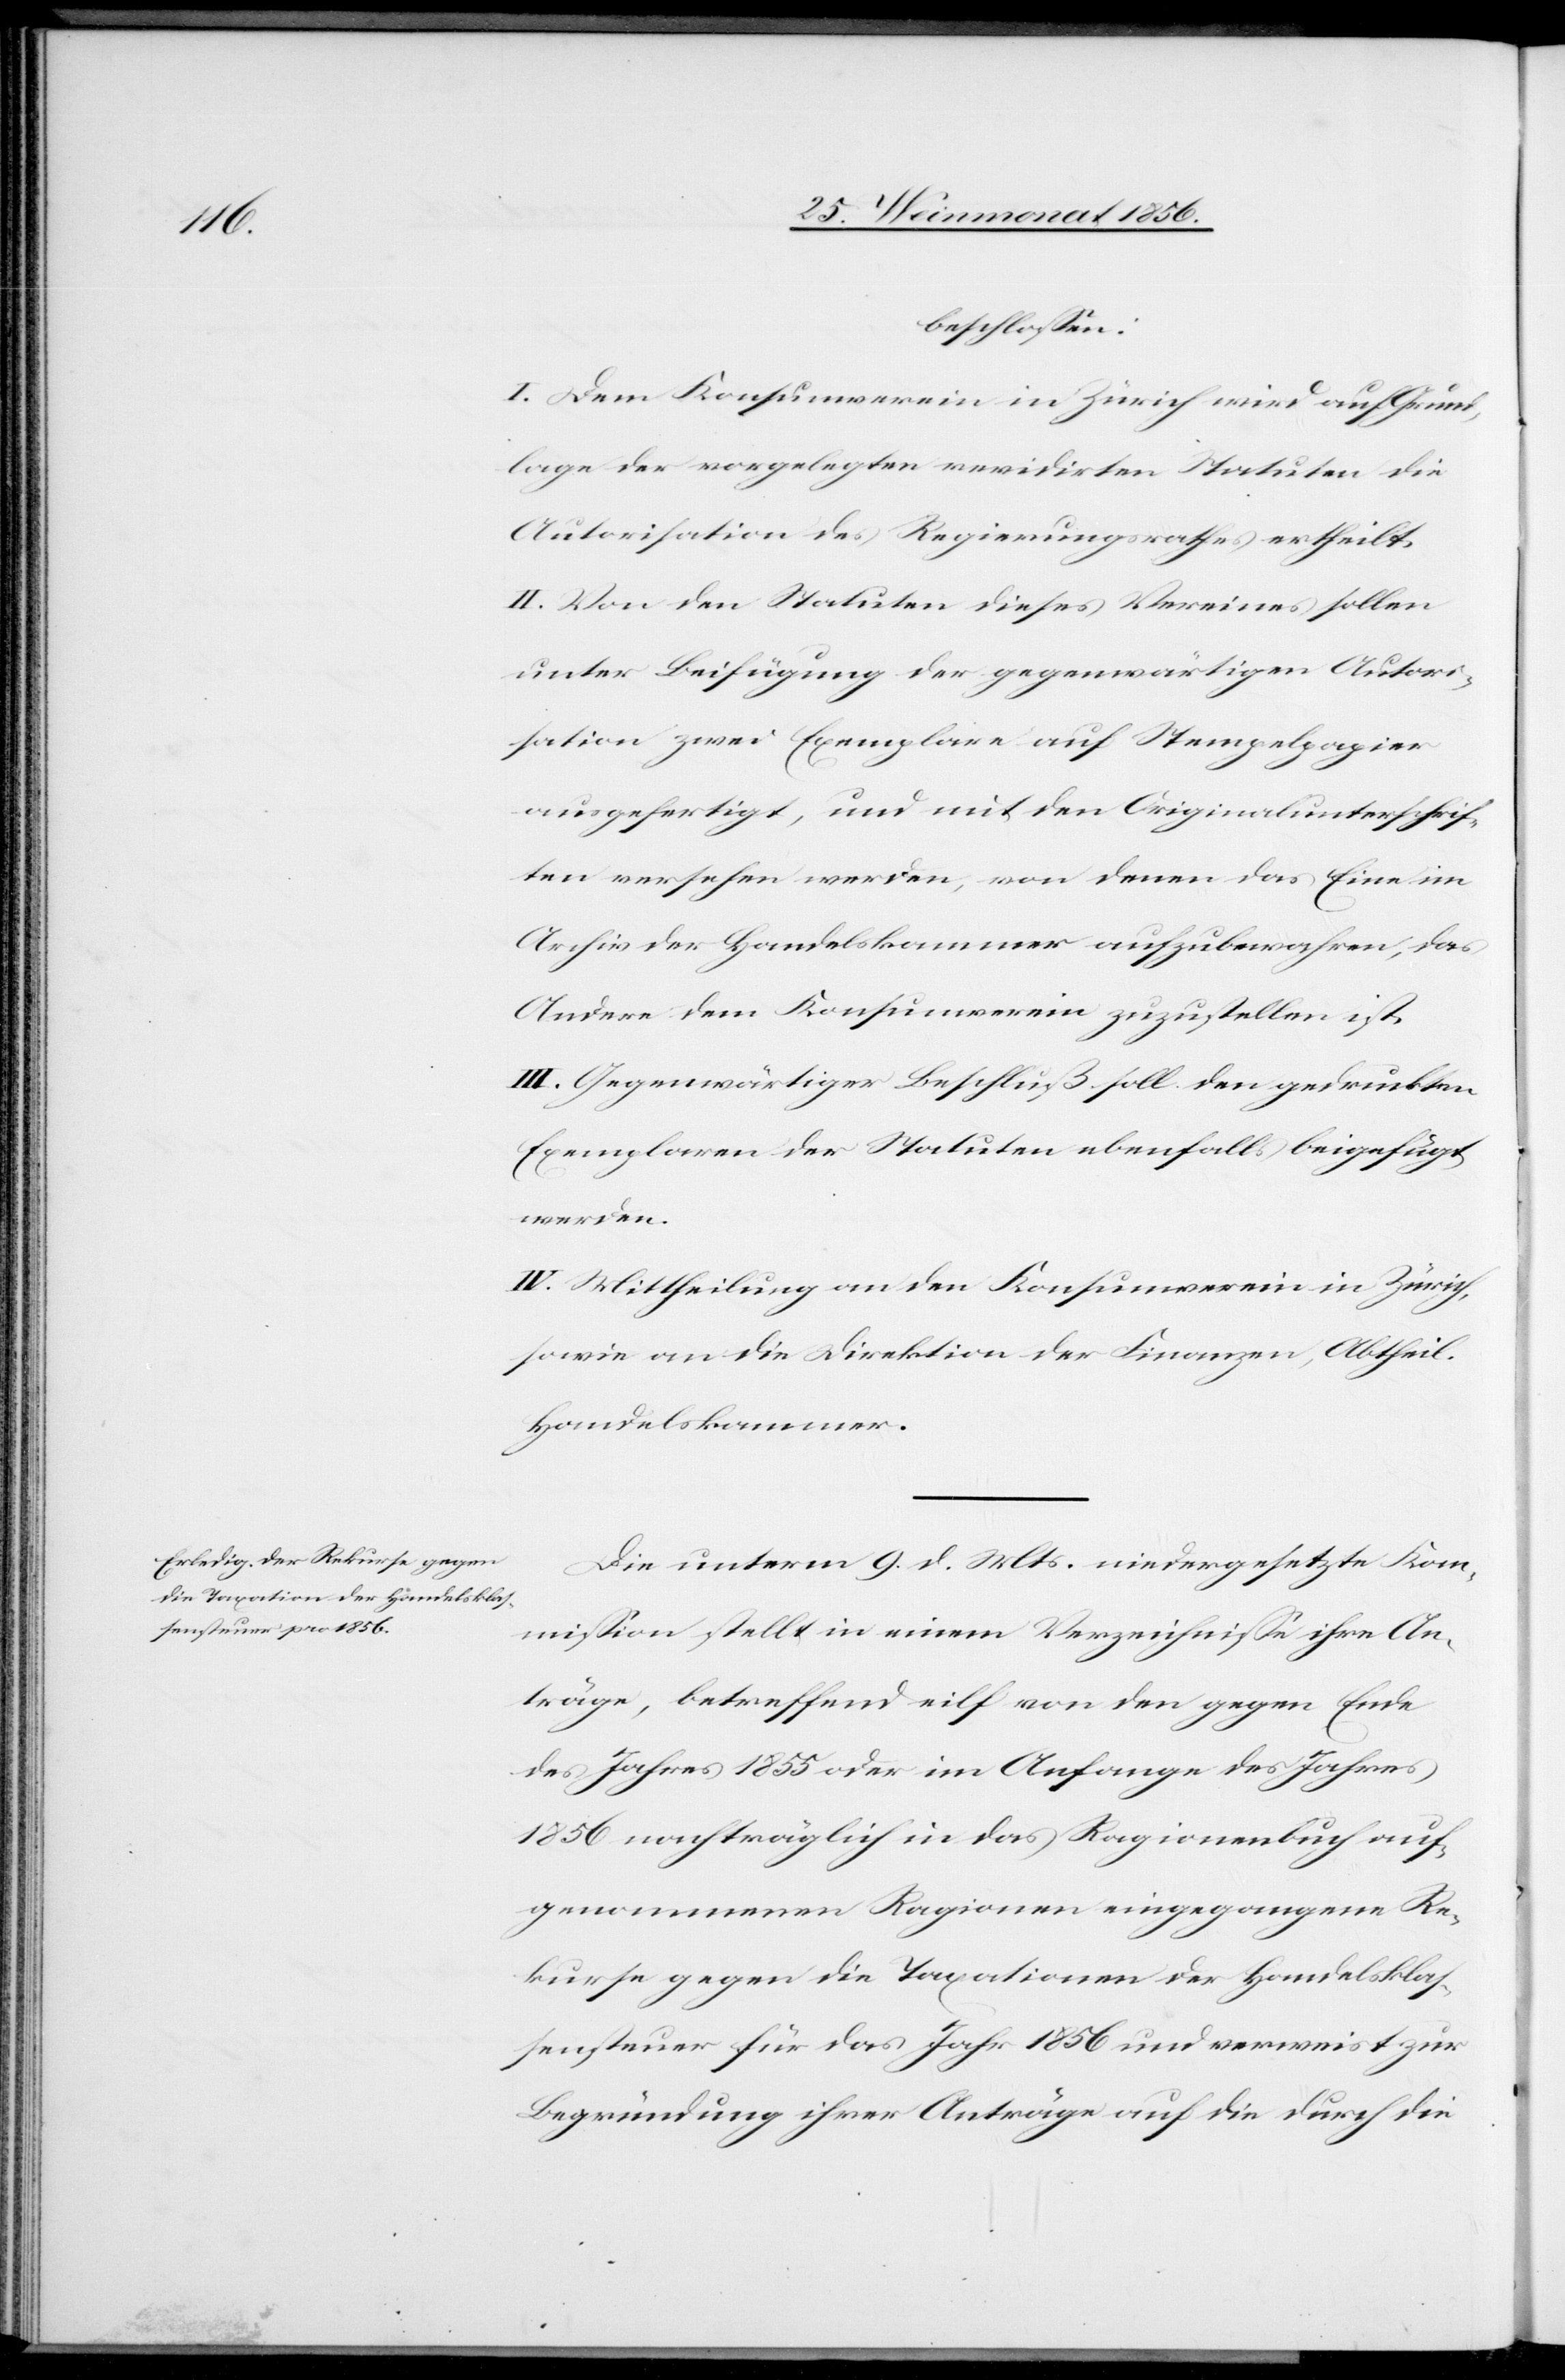
beschlossen:
I. Dem Konsumverein in Zürich wird auf Grund¬
lage der vorgelegten revidirten Statuten die
Autorisation des Regierungsrathes ertheilt.
II. Von den Statuten dieses Vereines sollen
unter Beifügung der gegenwärtigen Autori¬
sation zwei Exemplare auf Stempelpapier
ausgefertigt, und mit den Originalunterschrif¬
ten versehen werden, von denen das Eine im
Archiv der Handelskammer aufzubewahren, das
Andere dem Konsumverein zuzustellen ist.
III. Gegenwärtiger Beschluß soll den gedruckten
Exemplaren der Statuten ebenfalls beigefügt
werden.
IV. Mittheilung an den Konsumverein in Zürich
sowie an die Direktion der Finanzen, Abtheil.
Handelskammer.
Die unterm 9. d. Mts. niedergesetzte Kom¬
mission stellt in einem Verzeichnisse ihre An¬
träge, betreffend eilf von den gegen Ende
des Jahres 1855 oder im Anfange des Jahres
1856 nachträglich in das Ragionenbuch auf¬
genommenen Ragionen eingegangene Re¬
kurse gegen die Taxationen der Handelsklas¬
sensteuer für das Jahr 1856 und verweist zur
Begründung ihrer Anträge auf die durch die